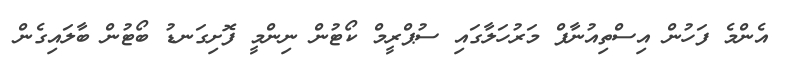
އެންމެ ފަހުން އިސްތިއުނާފް މަރުހަލާގައި ސުޕްރީމް ކޯޓުން ނިންމީ ފޮށިގަނޑު ބޯޓުން ބާލައިގެން